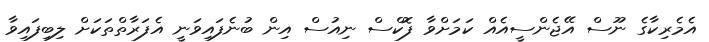
އެމެރިކާގެ ނޫސް އޭޖެންސީއެއް ކަަމަށްވާ ފޮކްސް ނިއުސް އިން ބުނެފައިވަނީ އެފަރާތްތަކަށް ލިބިފައިވާ